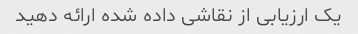
یک ارزیابی از نقاشی داده شده ارائه دهید